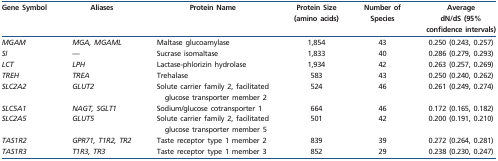
<table><thead><tr><td><b>Gene Symbol</b></td><td><b>Aliases</b></td><td><b>Protein Name</b></td><td><b>Protein Size (amino acids)</b></td><td><b>Number of Species</b></td><td><b>Average dN/dS (95% confidence intervals)</b></td></tr></thead><tbody><tr><td><i>MGAM</i></td><td><i>MGA, MGAML</i></td><td>Maltase glucoamylase</td><td>1,854</td><td>43</td><td>0.250 (0.243, 0.257)</td></tr><tr><td><i>SI</i></td><td>—</td><td>Sucrase isomaltase</td><td>1,833</td><td>40</td><td>0.286 (0.279, 0.293)</td></tr><tr><td><i>LCT</i></td><td><i>LPH</i></td><td>Lactase-phlorizin hydrolase</td><td>1,934</td><td>42</td><td>0.263 (0.257, 0.269)</td></tr><tr><td><i>TREH</i></td><td><i>TREA</i></td><td>Trehalase</td><td>583</td><td>43</td><td>0.250 (0.240, 0.262)</td></tr><tr><td><i>SLC2A2</i></td><td><i>GLUT2</i></td><td>Solute carrier family 2, facilitated glucose transporter member 2</td><td>524</td><td>46</td><td>0.261 (0.249, 0.274)</td></tr><tr><td><i>SLC5A1</i></td><td><i>NAGT, SGLT1</i></td><td>Sodium/glucose cotransporter 1</td><td>664</td><td>46</td><td>0.172 (0.165, 0.182)</td></tr><tr><td><i>SLC2A5</i></td><td><i>GLUT5</i></td><td>Solute carrier family 2, facilitated glucose transporter member 5</td><td>501</td><td>42</td><td>0.200 (0.191, 0.210)</td></tr><tr><td><i>TAS1R2</i></td><td><i>GPR71, T1R2, TR2</i></td><td>Taste receptor type 1 member 2</td><td>839</td><td>39</td><td>0.272 (0.264, 0.281)</td></tr><tr><td><i>TAS1R3</i></td><td><i>T1R3, TR3</i></td><td>Taste receptor type 1 member 3</td><td>852</td><td>29</td><td>0.238 (0.230, 0.247)</td></tr></tbody></table>